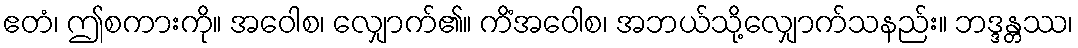
ဧတံ၊ ဤစကားကို။ အဝေါစ၊ လျှောက်၏။ ကိံအဝေါစ၊ အဘယ်သို့လျှောက်သနည်း။ ဘဒ္ဒန္တဿ၊